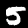
Digit: 5